Vaike-Kopu_(Puiatu)_vallavalitsus, lk 43
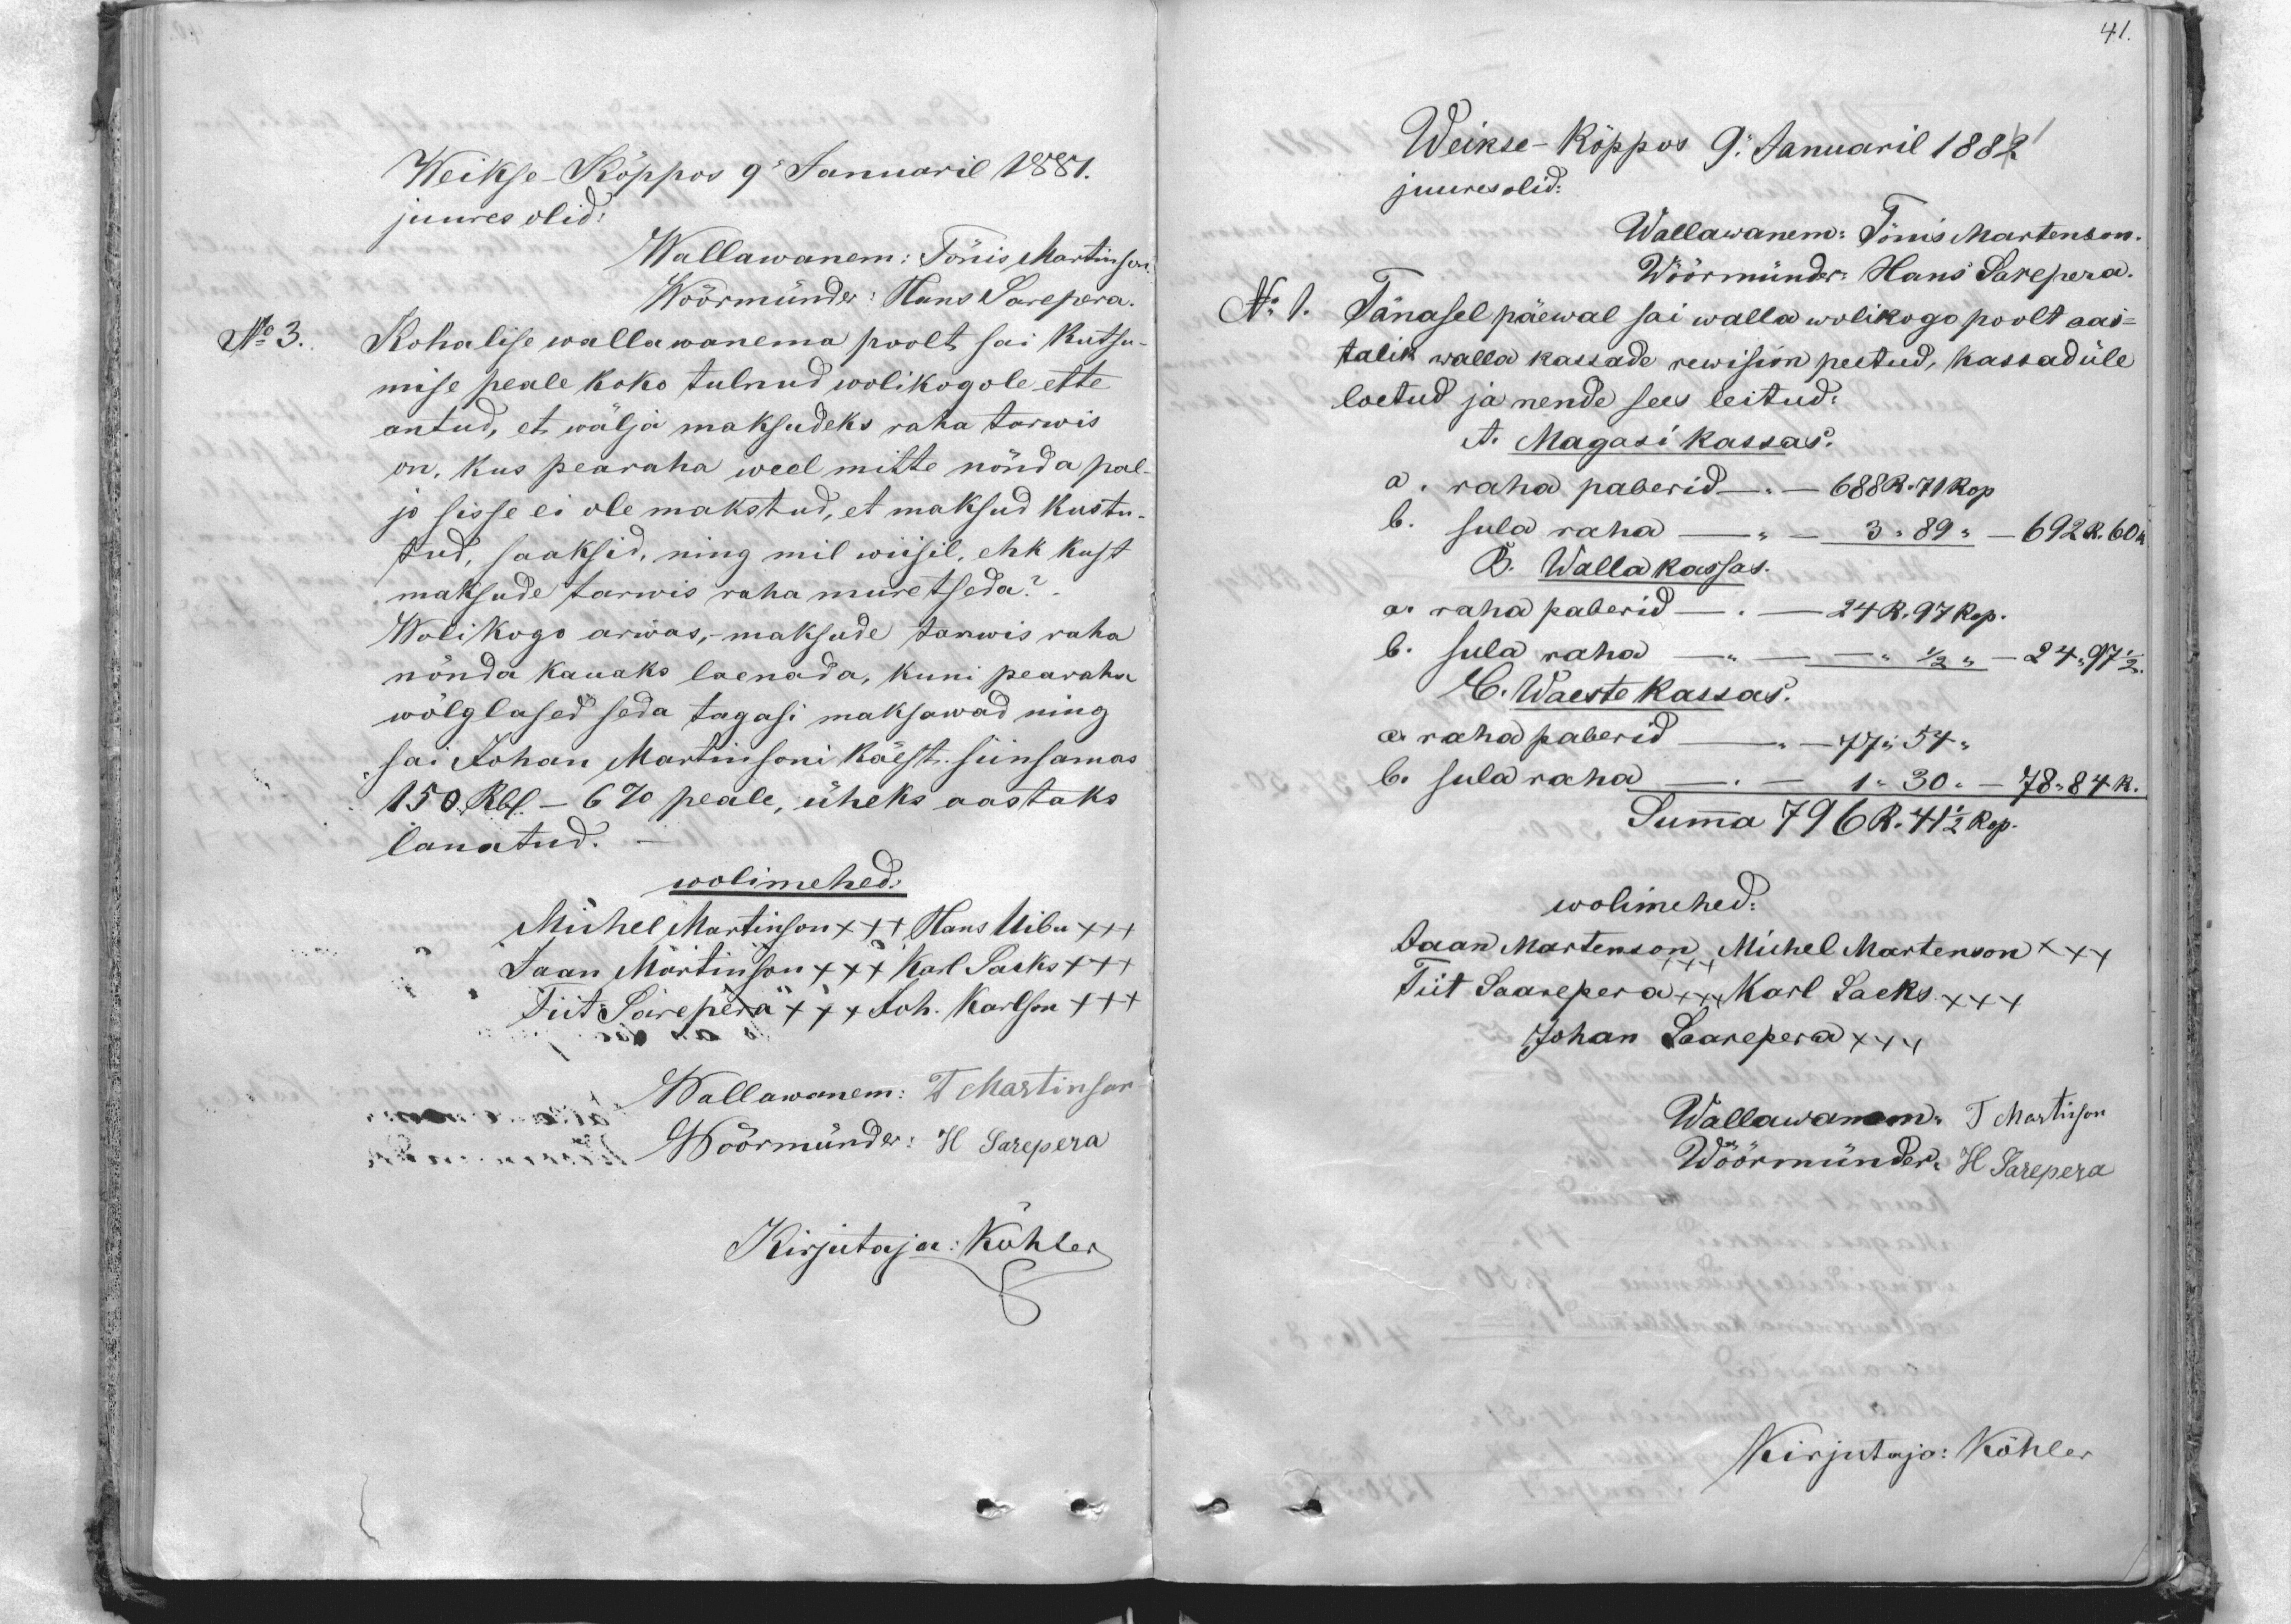
41.

Weikse Köppos 9 Januaril 1887.
juures olid
Wallawanem: Tönis Martinson
Wöörmünder: Hans Sarepera
No 3.
Kohalise wallawanema poolt sai kutsu
mise peale koko tulnud wolikogole ette
antud, et wälja maksudeks raha tarwis
on, kus pearaha weel mitte nönda pal
ja sisse ei ole makstud, et maksud kustu
tud, saaksid, ning mil wiisil, ehk kust
maksude tarwis raha muretseda.
Wolikogo arwas, maksude tarwis raha
nönda kauaks laenada, kuni pearaha
wölglased seda tagasi maksawad ning
sai Johan Martinsoni käest siinsamas
150 Rbl. - 6% peale, üheks aastaks
lanatud.
wolimehed:
Michel Martinson +++ Hans Uibu +++
Jaan Martinson +++ Karl Sacks +++
Tiit Särepera +++ Joh. Karlson +++
Wallawanem: T Martinson.
Wodrmünde: H Sarepera
Kirjutaja: Köhler

Weikse-Köppus 9. Januaril 1882
juures olid:
Wallawanem: Tõnis Martenson.
Wöörmünder Hans Sarepera.
No: 1. Tänasel päewal sai walla wolikogo poolt aas-
talik walla kassade rewision peetud, kassad üle
loetud ja nende sees leitud:
A. Magasi kassas.
a raha paberid - 688 R. 71 kop.
b. sula raha 3 " 89 - 692 R. 60k
B. Wallakassas.
a. raha paberid. 24 R. 97 Kop.
b. sula raha     " 1/2 "             24 " 97 1/2
6. Waeste kassas.
a raha paberid 77 " 54 "
b. sula raha 1 " 30 "    78 " 84 k.
Summa 796 R. 41 1/2 kop.
wolimehed:
Jaan Martenson xxx Michel Martenson +++
Tiit Saarepera xxx Karl Sacks +++
Johan Saarepera xxx
Wallawanem T Martinson
Wöörmünder H Sarepera
Kirjutaja: Köhler